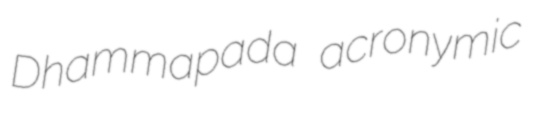
Dhammapada acronymic